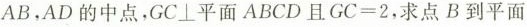
AB，AD的中点，GC\bot平面ABCD且$$G C = 2$$，求点B到平面